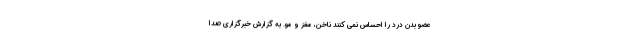
عضو بدن درد را احساس نمی کنند ناخن، مغز و مو. به گزارش خبرگزاری صدا